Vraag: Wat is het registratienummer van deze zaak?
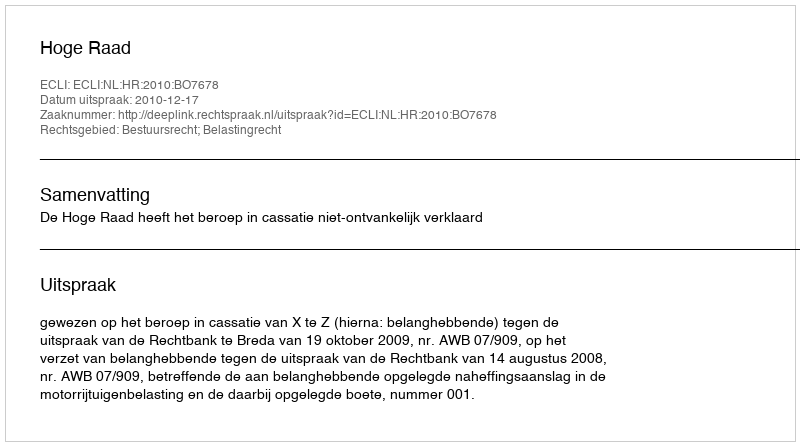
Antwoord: http://deeplink.rechtspraak.nl/uitspraak?id=ECLI:NL:HR:2010:BO7678